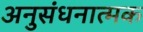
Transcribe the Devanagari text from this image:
अनुसंधनात्मक